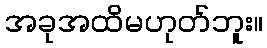
အခုအထိမဟုတ်ဘူး။